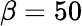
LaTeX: \beta=50